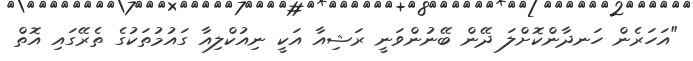
"އަހަރެން ހަނދާންކޮށްލަ ދޭން ބޭނުންވަނީ ރަޝިއާ އަކީ ނިއުކްލިއާ ގައުމުތަކުގެ ތެރޭގައި އޮތް